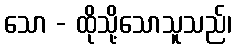
သော - ထိုသို့သောသူသည်၊